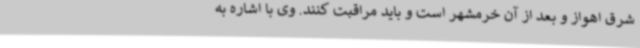
شرق اهواز و بعد از آن خرمشهر است و باید مراقبت کنند. وی با اشاره به